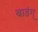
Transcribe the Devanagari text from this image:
बाडंग्